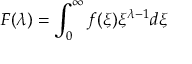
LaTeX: F ( \lambda ) = \int _ { 0 } ^ { \infty } f ( \xi ) \xi ^ { \lambda - 1 } d \xi